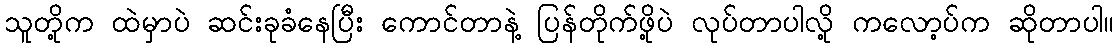
သူတို့က ထဲမှာပဲ ဆင်းခုခံနေပြီး ကောင်တာနဲ့ ပြန်တိုက်ဖို့ပဲ လုပ်တာပါလို့ ကလော့ပ်က ဆိုတာပါ။